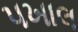
પખાલ